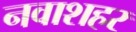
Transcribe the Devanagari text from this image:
नवाशहर